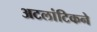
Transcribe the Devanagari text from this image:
अटलांटिकने